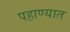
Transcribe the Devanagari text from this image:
पहाण्यात